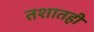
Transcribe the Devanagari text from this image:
तशातही